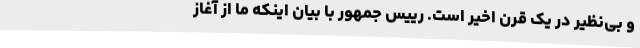
و بی‌نظیر در یک قرن اخیر است. رییس جمهور با بیان اینکه ما از آغاز